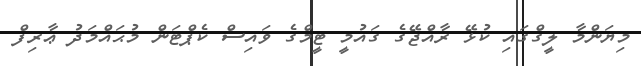
މިޔަންމާ ލީގްގައި ކުޅޭ ރާއްޖޭގެ ގައުމީ ޓީމްގެ ވައިސް ކެޕްޓަން މުޙައްމަދު ޢާރިފް